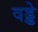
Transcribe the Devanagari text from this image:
वड्डे